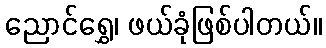
ညောင်ရွှေ၊ ဖယ်ခုံဖြစ်ပါတယ်။